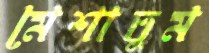
মেশাতুম